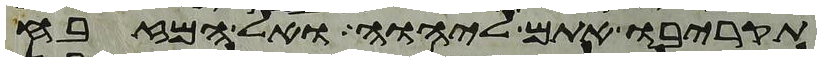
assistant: תקריבו אתם ליהוה ואל המזבח